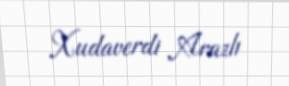
Xudaverdi Arazlı